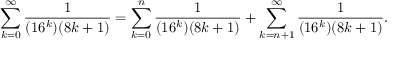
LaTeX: \sum _ { k = 0 } ^ { \infty } { \frac { 1 } { ( 1 6 ^ { k } ) ( 8 k + 1 ) } } = \sum _ { k = 0 } ^ { n } { \frac { 1 } { ( 1 6 ^ { k } ) ( 8 k + 1 ) } } + \sum _ { k = n + 1 } ^ { \infty } { \frac { 1 } { ( 1 6 ^ { k } ) ( 8 k + 1 ) } } .